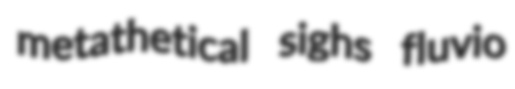
metathetical sighs fluvio